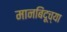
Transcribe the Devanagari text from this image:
मानबिंदूच्या